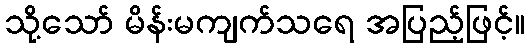
သို့သော် မိန်းမကျက်သရေ အပြည့်ဖြင့်။